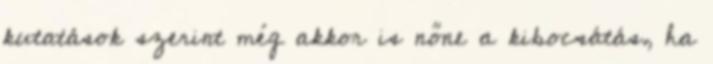
kutatások szerint még akkor is nőne a kibocsátás, ha